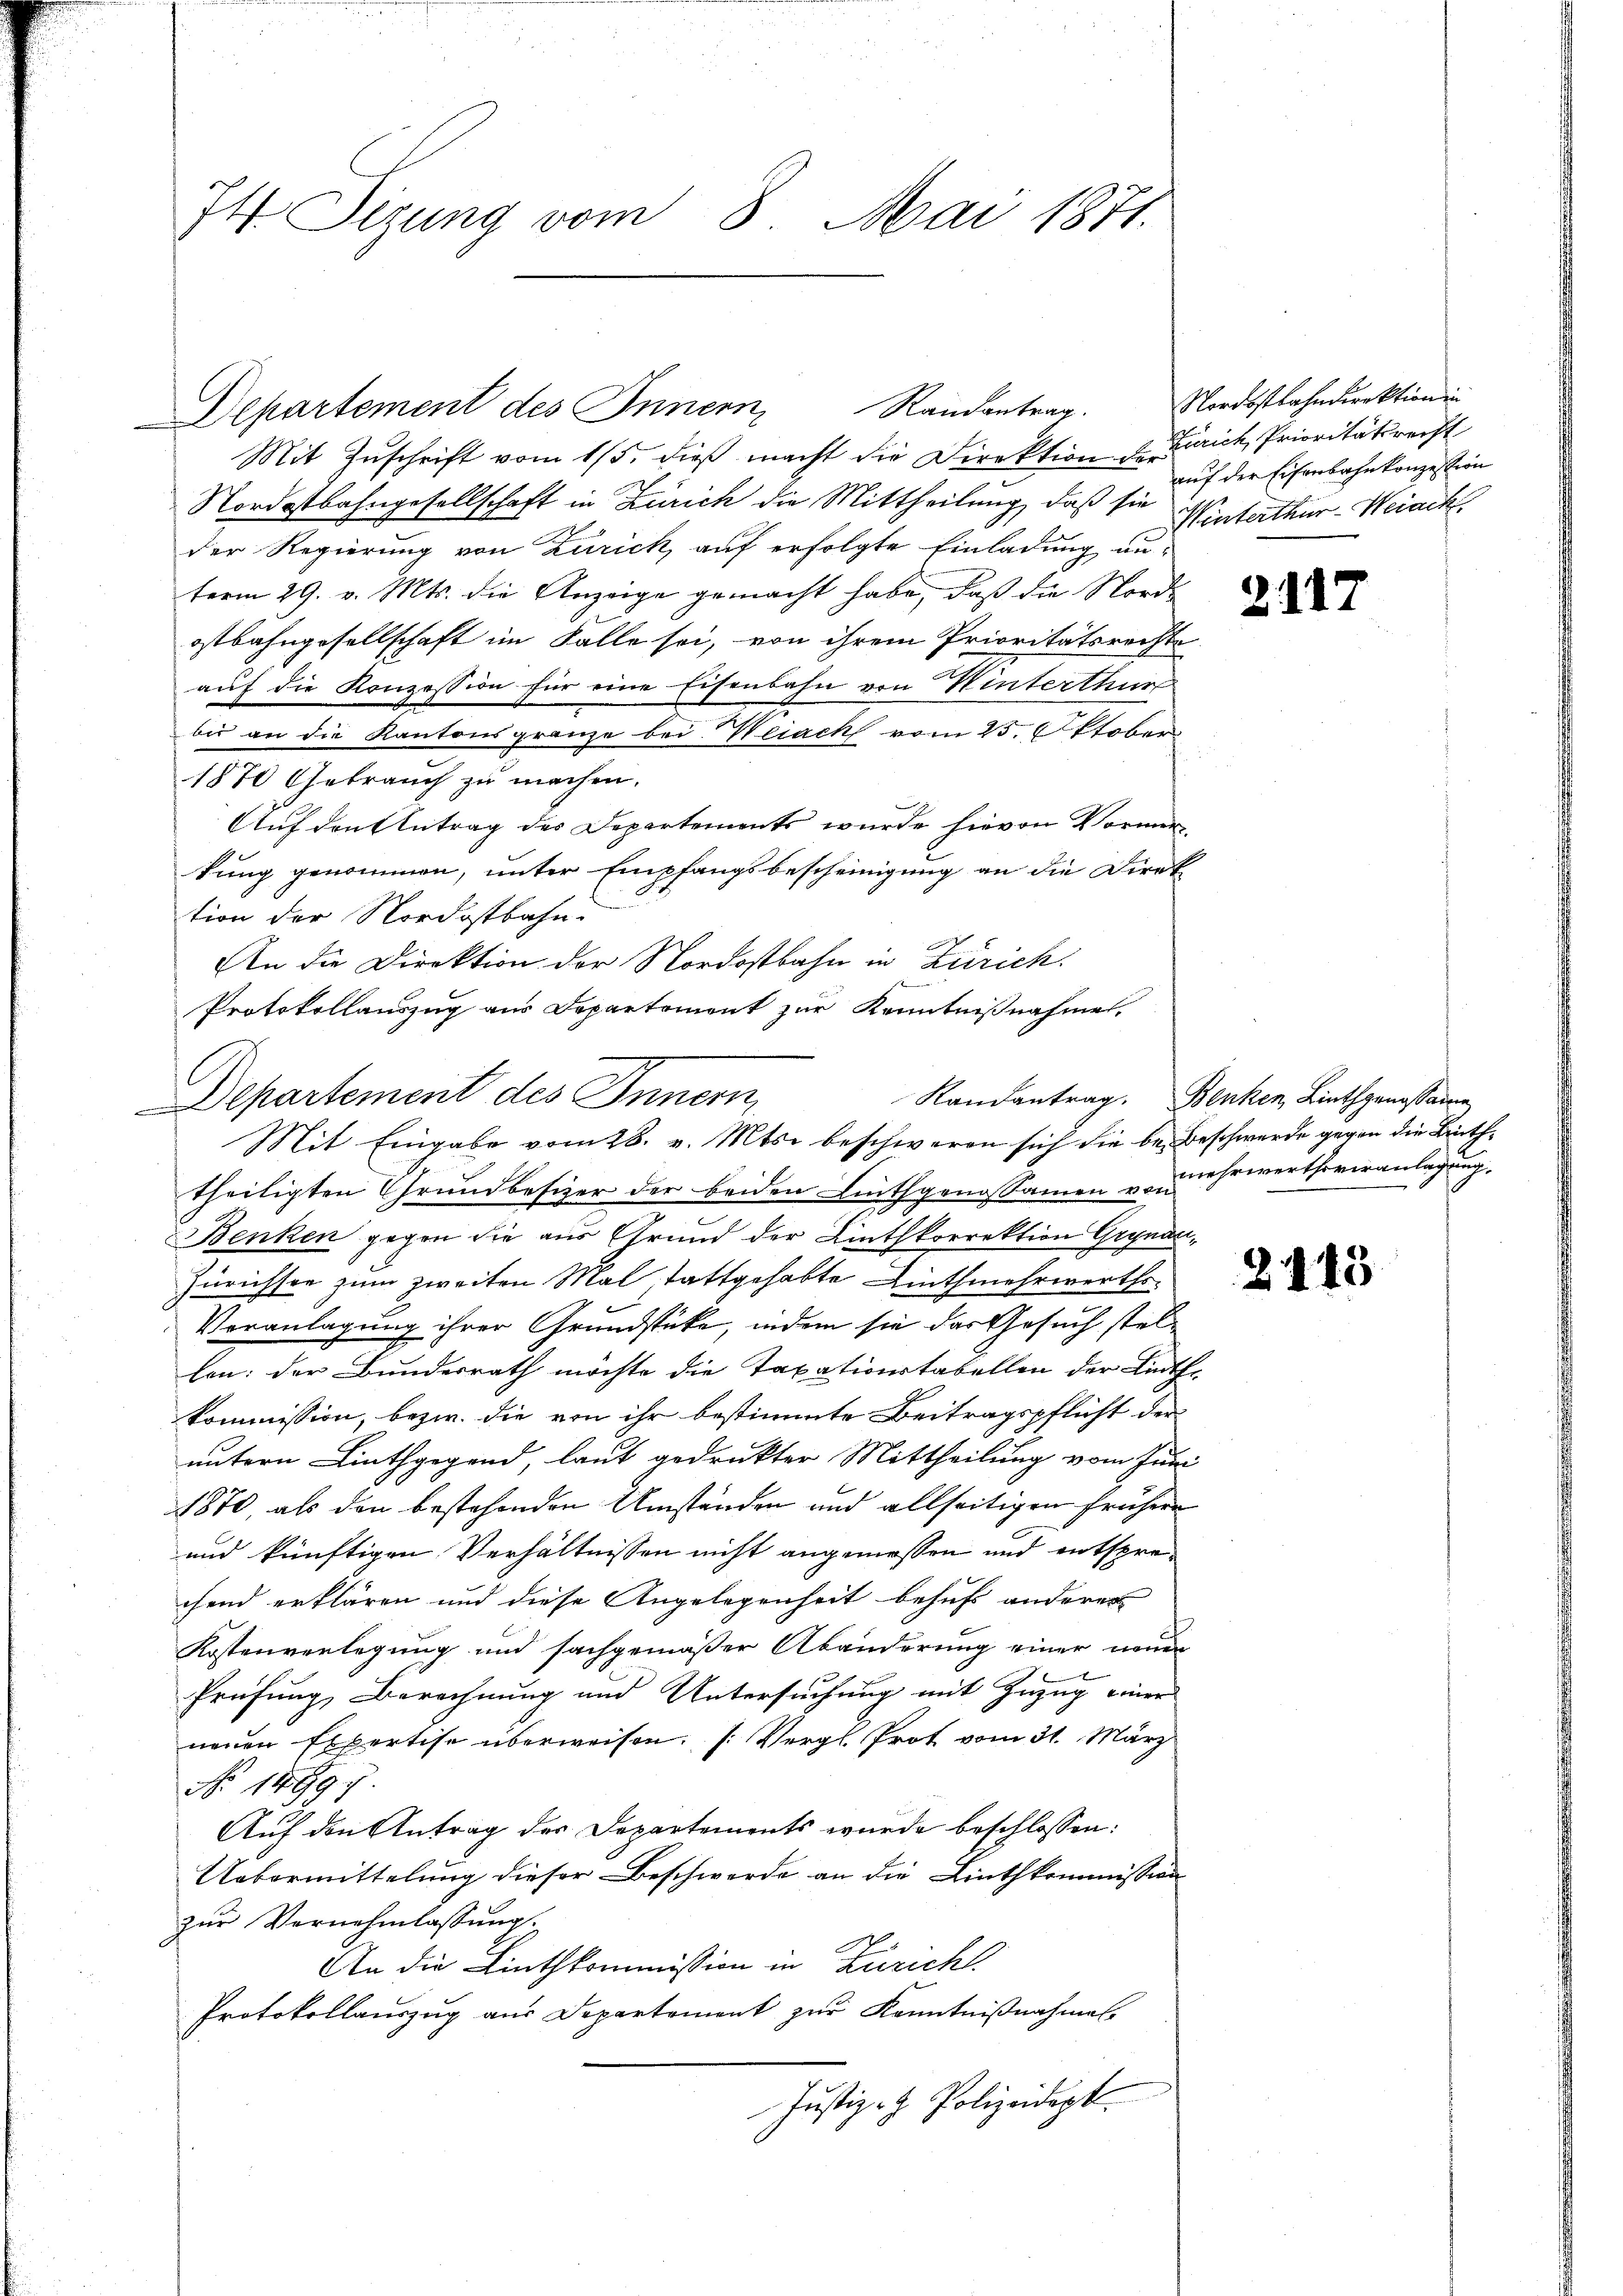
I4 Sizung vom 8. Mai 1871.

Mit Zuschrift vom 15. dieß macht die Direktion d. Zürich, Prioritätsrecht
Nordostbahngesellschaft in Zürich die Mittheilung, daß sie
der Regierung von Zürich, auf erfolgte Einladung anterm 29. v. Mts. die Anzeige gemacht habe, daß die Nordostbahngesellschaft im Falle sei, von ihrem Prioritätsrechte
auf die Konzession für eine Eisenbahn von Winterthur
bis an die Kantonsgrenze bei Weiach vom 25. Oktober
1870 Gebrauch zu machen.
Auf den Antrag des Departements wurde hievon Vormir
kung genommen, unter Empfangsbescheinigung an die Direk
tion der Nordostbahn.
An die Direktion der Nordostbahn in Zürich.
Protokollauszug aus Departement zur Kenntnißnahme.
theiligten Grundbesizer der beiden Linthgenossamen u. in ehrwerthoveranlagung.
Benken gegen die aus Grund der Linthkorrektion Grynau¬
Zürichsee zum zweiten Mal stattgehabte Linthmehrwerths¬
Veranlagung ihrer Grundstücke, indem sie das Gesuch stellen: der Bundesrath möchte die Taxationstabellen der Linthkommission, bezw. die von ihr bestimmte Beitragspflicht der
untern Linthgegend, laut gedruckter Mittheilung vom Juni
1870, als den bestehenden Umständen und allseitigen frühern
und künftigen Verhältnissen nicht angemessen und entsprechend erklären und diese Angelegenheit behufs anderes
Kostenverlegung und sachgemäßer Abänderung einer neuen
e
Prüfung, Berechnung und Untersuchung mit Zuzug einer
neuen Expertise überweisen. (Vergl. Prot vom 31. März
No. 1499.
Auf den Antrag der Departements wurde beschlossen:
Uebermittelung dieser Beschwerde an die Linthkommission
zur Vernehmlassung.
An die Linthkommission in Zürich.
Protokollauszug aus Departement zur Kenntniβnahmel
Justiz- & Polizeidept.

Departement des Innern, Randantrag. Nordostbahndirektion in

e
Departement des Innern
Mit Eingabe vom 28. v. Mts. beschweren sich die be-Beschwerde gegen die Linth¬

auf der Eisenbahnkonzession
Winterthur–Weiach.

2117

Randantrag. Benken, Linthgenossame

2143